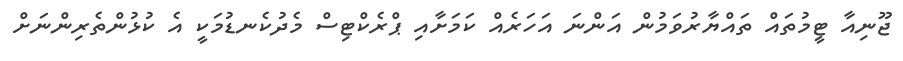
ޖޫނިއާ ޓީމުތައް ތައްޔާރުވަމުން އަންނަ އަހަރެއް ކަމަށާއި ޕްރެކްޓިސް މެދުކެނޑުމަކީ އެ ކުޅުންތެރިންނަށް